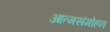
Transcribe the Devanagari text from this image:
आत्मसंमोहन